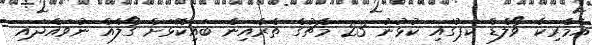
އެމެރިކާ ވޯލްޑް ކަޕުގައި ކުޅުނު 23 މެޗުގެ ތެރެއިން ބައިކޮޅަށް ގޯލެއް ނުވައްދައި